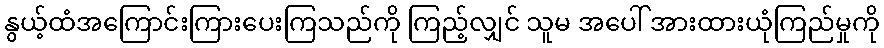
နွယ့်ထံအကြောင်းကြားပေးကြသည်ကို ကြည့်လျှင် သူမ အပေါ် အားထားယုံကြည်မှုကို